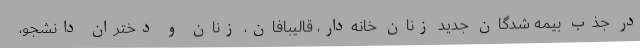
در جذب بیمه شدگان جدید زنان خانه‌دار، قالیبافان، زنان و دختران دانشجو،